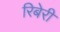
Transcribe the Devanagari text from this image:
रिबेरी